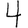
Digit: 4